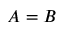
A = B